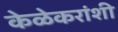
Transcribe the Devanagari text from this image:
केळेकरांशी